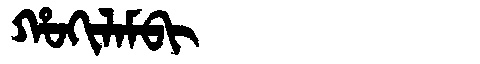
Manchu: ᡥᠣᡴᡳᠯᠠᠮᠪᡳ
Romanization: HOKILAMBI